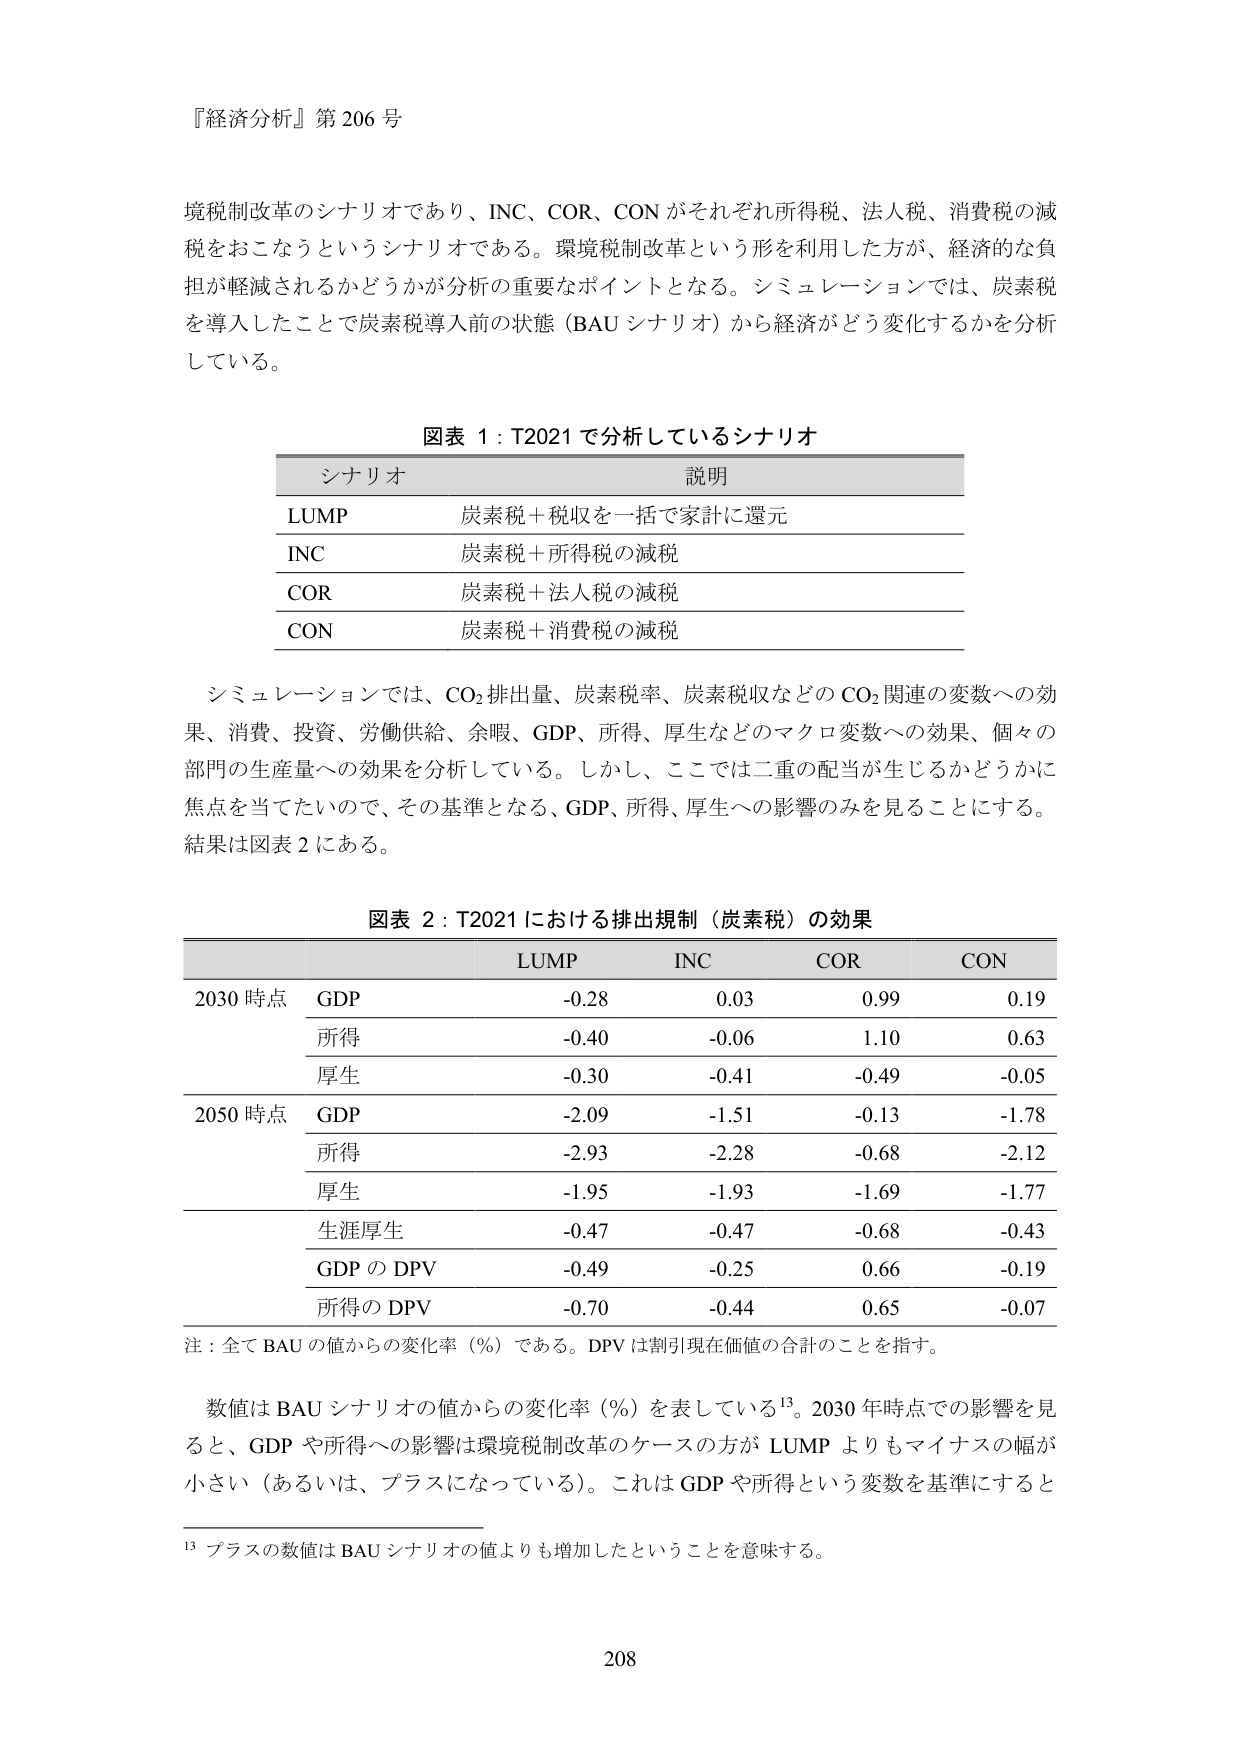
『経済分析』第 206 号

境税制改革のシナリオであり、INC、COR、CON がそれぞれ所得税、法人税、消費税の減税をおこなうというシナリオである。環境税制改革という形を利用した方が、経済的な負担が軽減されるかどうかが分析の重要なポイントとなる。シミュレーションでは、炭素税を導入したことで炭素税導入前の状態（BAU シナリオ）から経済がどう変化するかを分析している。

図表 1：T2021 で分析しているシナリオ
シナリオ　　　　　　説明
LUMP　　　　　炭素税＋税収を一括で家計に還元
INC　　　　　　炭素税＋所得税の減税
COR　　　　　　炭素税＋法人税の減税
CON　　　　　　炭素税＋消費税の減税

シミュレーションでは、CO₂排出量、炭素税率、炭素税収などの CO₂関連の変数への効果、消費、投資、労働供給、余暇、GDP、所得、厚生などのマクロ変数への効果、個々の部門の生産量への効果を分析している。しかし、ここでは二重の配当が生じるかどうかに焦点を当てたいので、その基準となる、GDP、所得、厚生への影響のみを見ることにする。結果は図表 2 にある。

図表 2：T2021 における排出規制（炭素税）の効果
　　　　　　　　LUMP　　　INC　　　COR　　　CON
2030 時点　　GDP　　　　-0.28　　　0.03　　　0.99　　　0.19
　　　　　　　所得　　　　-0.40　　　-0.06　　　1.10　　　0.63
　　　　　　　厚生　　　　-0.30　　　-0.41　　　-0.49　　　-0.05
2050 時点　　GDP　　　　-2.09　　　-1.51　　　-0.13　　　-1.78
　　　　　　　所得　　　　-2.93　　　-2.28　　　-0.68　　　-2.12
　　　　　　　厚生　　　　-1.95　　　-1.93　　　-1.69　　　-1.77
　　　　　　　生涯厚生　　　-0.47　　　-0.47　　　-0.68　　　-0.43
　　　　　　　GDP の DPV　　-0.49　　　-0.25　　　0.66　　　-0.19
　　　　　　　所得の DPV　　-0.70　　　-0.44　　　0.65　　　-0.07

注：全て BAU の値からの変化率（%）である。DPV は割引現在価値の合計のことを指す。

数値は BAU シナリオの値からの変化率（%）を表している¹³。2030 年時点での影響を見ると、GDP や所得への影響は環境税制改革のケースの方が LUMP よりもマイナスの幅が小さい（あるいは、プラスになっている）。これは GDP や所得という変数を基準にすると

¹³ プラスの数値は BAU シナリオの値よりも増加したということを意味する。

208